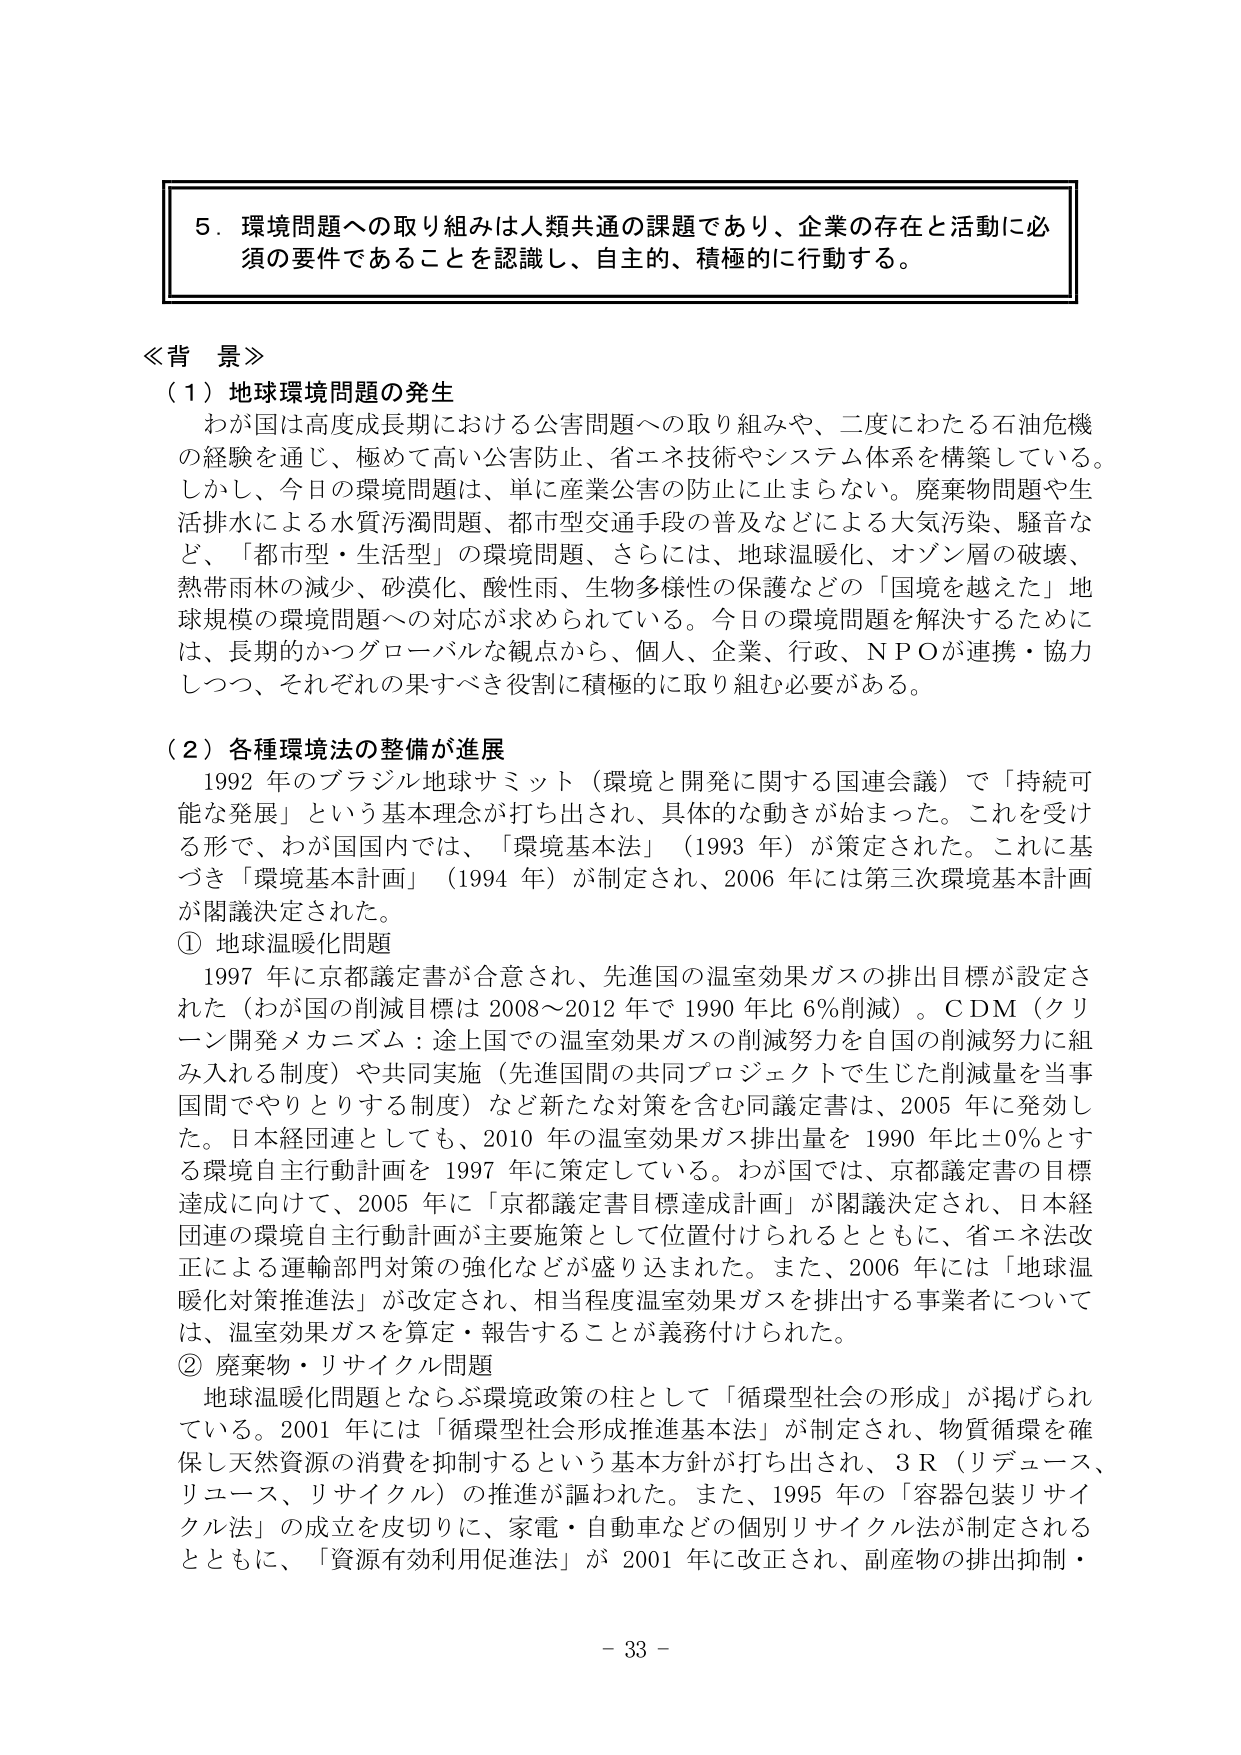
５．環境問題への取り組みは人類共通の課題であり、企業の存在と活動に必須の要件であることを認識し、自主的、積極的に行動する。

≪背景≫
（１）地球環境問題の発生
　わが国は高度成長期における公害問題への取り組みや、二度にわたる石油危機の経験を通じ、極めて高い公害防止、省エネ技術やシステム体系を構築している。しかし、今日の環境問題は、単に産業公害の防止に止まらない。廃棄物問題や生活排水による水質汚濁問題、都市型交通手段の普及などによる大気汚染、騒音など、「都市型・生活型」の環境問題、さらには、地球温暖化、オゾン層の破壊、熱帯雨林の減少、砂漠化、酸性雨、生物多様性の保護などの「国境を越えた」地球規模の環境問題への対応が求められている。今日の環境問題を解決するためには、長期的かつグローバルな観点から、個人、企業、行政、ＮＰＯが連携・協力しつつ、それぞれの果すべき役割に積極的に取り組む必要がある。

（２）各種環境法の整備が進展
　1992年のブラジル地球サミット（環境と開発に関する国連会議）で「持続可能な発展」という基本理念が打ち出され、具体的な動きが始まった。これを受ける形で、わが国国内では、「環境基本法」（1993年）が策定された。これに基づき「環境基本計画」（1994年）が制定され、2006年には第三次環境基本計画が閣議決定された。
① 地球温暖化問題
　1997年に京都議定書が合意され、先進国の温室効果ガスの排出目標が設定された（わが国の削減目標は2008～2012年で1990年比6％削減）。ＣＤＭ（クリーン開発メカニズム：途上国での温室効果ガスの削減努力を自国の削減努力に組み入れる制度）や共同実施（先進国間の共同プロジェクトで生じた削減量を当事国間でやりとりする制度）など新たな対策を含む同議定書は、2005年に発効した。日本経団連としても、2010年の温室効果ガス排出量を1990年比±0％とする環境自主行動計画を1997年に策定している。わが国では、京都議定書の目標達成に向けて、2005年に「京都議定書目標達成計画」が閣議決定され、日本経団連の環境自主行動計画が主要施策として位置付けられるとともに、省エネ法改正による運輸部門対策の強化などが盛り込まれた。また、2006年には「地球温暖化対策推進法」が改正され、相当程度温室効果ガスを排出する事業者については、温室効果ガスを算定・報告することが義務付けられた。
② 廃棄物・リサイクル問題
　地球温暖化問題とならぶ環境政策の柱として「循環型社会の形成」が掲げられている。2001年には「循環型社会形成推進基本法」が制定され、物質循環を確保し天然資源の消費を抑制するという基本方針が打ち出され、３Ｒ（リデュース、リユース、リサイクル）の推進が謳われた。また、1995年の「容器包装リサイクル法」の成立を皮切りに、家電・自動車などの個別リサイクル法が制定されるとともに、「資源有効利用促進法」が2001年に改正され、副産物の排出抑制・

－ 33 －